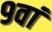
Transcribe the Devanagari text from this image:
९वां